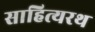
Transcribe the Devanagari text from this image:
साहित्यरथ